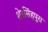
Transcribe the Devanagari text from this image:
शेरसिंहपुरा